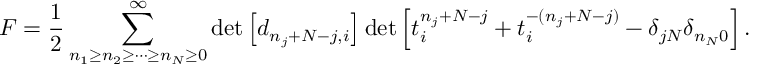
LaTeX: { \cal F } = \frac { 1 } { 2 } \sum _ { n _ { 1 } \geq n _ { 2 } \geq \cdots \geq n _ { N } \geq 0 } ^ { \infty } \operatorname * { d e t } \left[ d _ { n _ { j } + N - j , i } \right] \operatorname * { d e t } \left[ t _ { i } ^ { n _ { j } + N - j } + t _ { i } ^ { - ( n _ { j } + N - j ) } - \delta _ { j N } \delta _ { n _ { N } 0 } \right] .